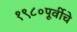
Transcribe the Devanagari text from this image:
१९८०पूर्वीचे